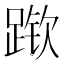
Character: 𲃶